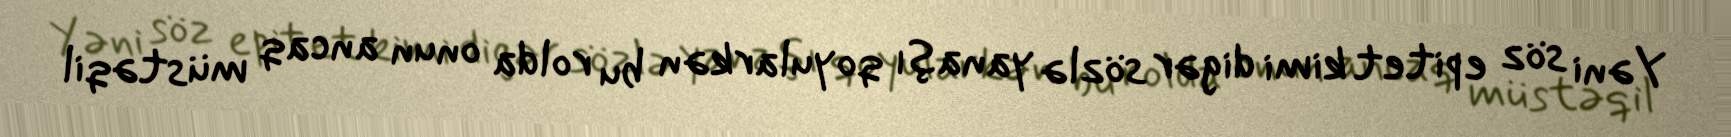
Yəni söz epitet kimi digər sözlə yanaşı qoyularkən bu rolda onun ancaq müstəqil